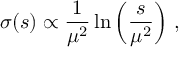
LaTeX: \sigma ( s ) \propto \frac { 1 } { \mu ^ { 2 } } \ln \left( \frac { s } { \mu ^ { 2 } } \right) \, ,